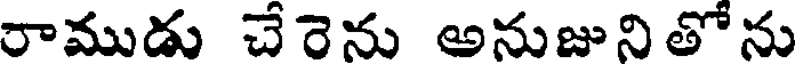
రాముడు చేరెను అనుజునితోను